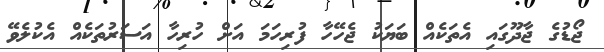
ޖޯޑުގެ ޖާދޫގައި އެތަކެއް ބަޔަކު ޖެހޭހާ ފުރިހަމަ އަށް ހުރިހާ އަސަރުތަކެއް އެކުލެވޭ